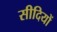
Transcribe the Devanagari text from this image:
सीदियों